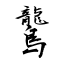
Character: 鸗